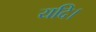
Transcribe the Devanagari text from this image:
यदि।